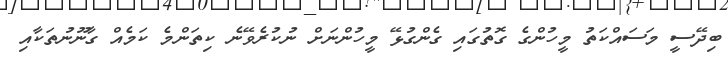
ބިދޭސީ މަސައްކަތު މީހުންގެ ގޮތުގައި ގެންގުޅޭ މީހުންނަށް ނުކުރެވޭނެ ކިތަންމެ ކަމެއް ގާނޫނުތަކާއި